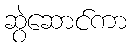
ဆွဲဆောင်ကာ